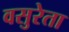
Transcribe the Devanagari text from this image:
वसुरेता